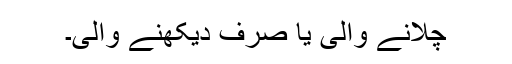
چلانے والی یا صرف دیکھنے والی۔